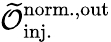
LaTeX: \mathcal{\widetilde{O}}_{\mathrm{inj.}}^{\mathrm{norm.,out}}